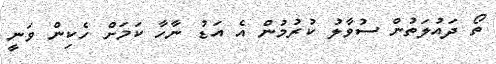
ތޯ ދައުލަތުން ސުވާލު ކުރުމުން އެ އަޑު ނާހާ ކަމަށް ހެކިން ވަނީ